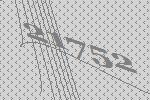
21752